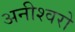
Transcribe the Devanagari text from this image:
अनीश्वरो